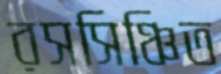
রসসিঞ্চিত